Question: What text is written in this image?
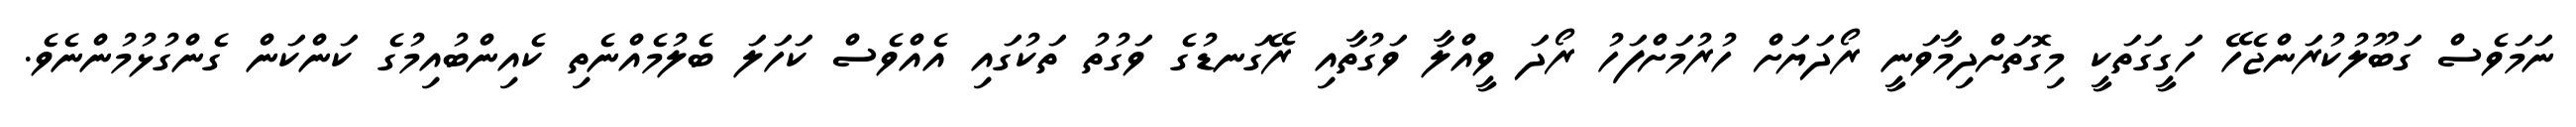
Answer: ނަމަވެސް ގަބޫލުކުރަންޖެހޭ ހަގީގަތަކީ މިގޮތަށްދިމާވަނީ ރޯދަޔަށް ހުރުމަށްފަހު ރޯދަ ވީއްލާ ވަގުތާއި ރޭގަނޑުގެ ވަގުތު ތަކުގައި އެއްވެސް ކަހަލަ ބެލުމެއްނެތި ކެއިންބުއިމުގެ ކަންކަން ގެންގުޅުމުންނެވެ.